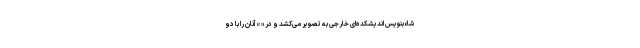
شاءبنویس اندیشکده‌ای خارجی به تصویر می‌کشد و در « » آنان را با دو